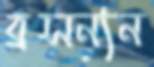
ব্রসন্যন